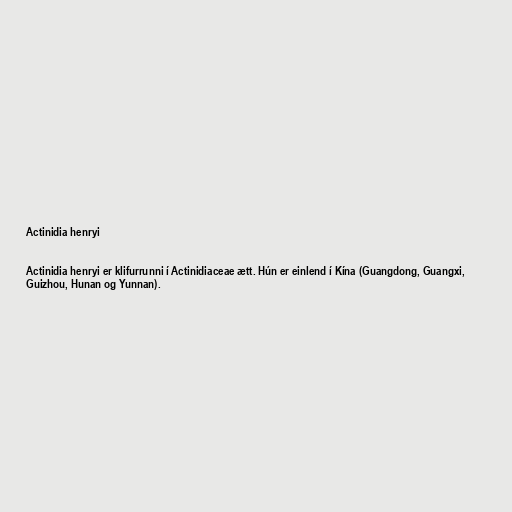
Actinidia henryi

Actinidia henryi er klifurrunni í Actinidiaceae ætt. Hún er einlend í Kína (Guangdong, Guangxi,
Guizhou, Hunan og Yunnan).